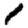
Digit: 1